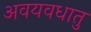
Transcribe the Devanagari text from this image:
अवयवधातु